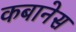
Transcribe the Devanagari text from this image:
कबानेस